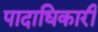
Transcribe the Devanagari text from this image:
पादाधिकारी